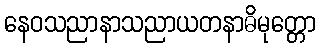
နေဝသညာနာသညာယတနာဓိမုတ္တော